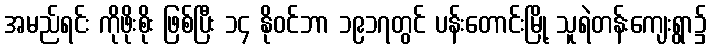
အမည်ရင်း ကိုဖိုးစိုး ဖြစ်ပြီး ၁၄ နိုဝင်ဘာ ၁၉၁၇တွင် ပန်းတောင်းမြို့ သူရဲတန်းကျေးရွာ၌